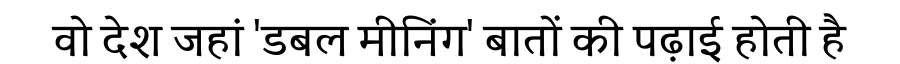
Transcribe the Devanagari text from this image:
वो देश जहां 'डबल मीनिंग' बातों की पढ़ाई होती है